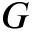
{ \cal G }